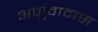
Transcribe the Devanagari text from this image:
अणुवादास